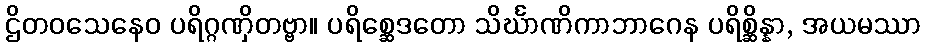
ဌိတဝသေနေဝ ပရိဂ္ဂဏှိတဗ္ဗာ။ ပရိစ္ဆေဒတော သိင်္ဃာဏိကာဘာဂေန ပရိစ္ဆိန္နာ, အယမဿာ